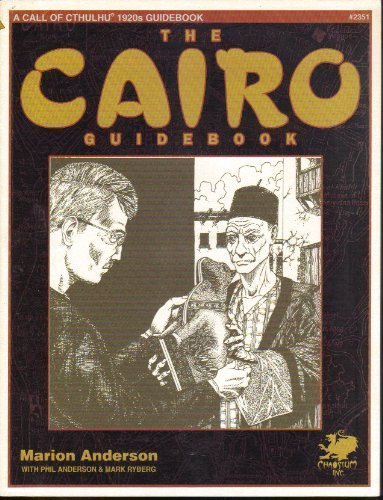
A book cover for The Cairo Guidebook: A Guide to Cairo in the 1920s (Call of Cthulhu Roleplaying.); Marion Anderson; Science Fiction & Fantasy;